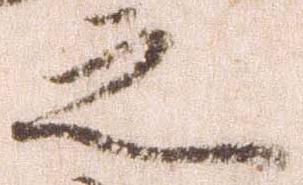
之